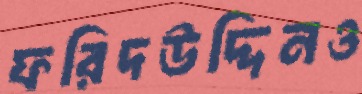
ফরিদউদ্দিনও